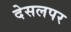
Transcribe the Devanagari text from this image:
देसलपर